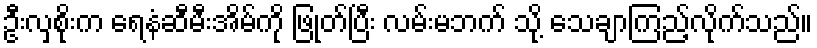
ဦးလှစိုးက ရေနံဆီမီးအိမ်ကို ဖြုတ်ပြီး လမ်းမဘက် သို့ သေချာကြည့်လိုက်သည်။